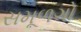
સમૂળગો